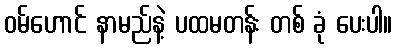
ဝမ်ဟောင် နာမည်နဲ့ ပထမတန်း တစ် ခုံ ပေးပါ။